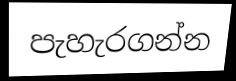
පැහැරගන්න